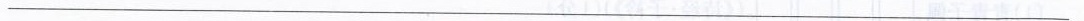
___